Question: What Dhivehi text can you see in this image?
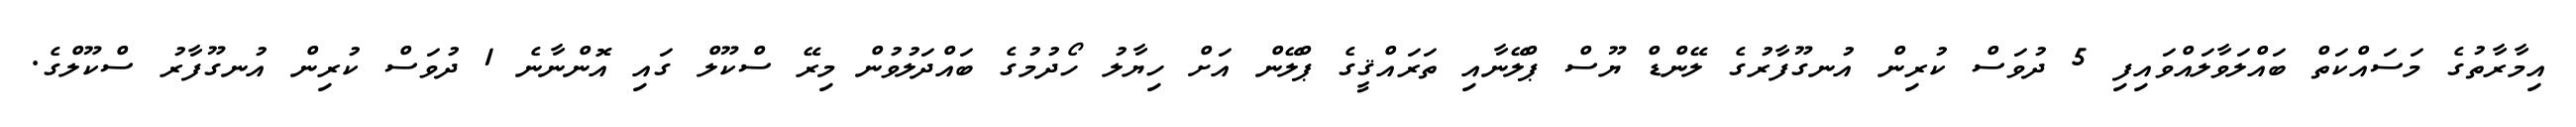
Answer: އިމާރާތުގެ މަސައްކަތް ބައްލަވާލައްވައިފި 5 ދުވަސް ކުރިން އުނގޫފާރުގެ ލޭންޑް ޔޫސް ޕްލޭނާއި ތަރައްޤީގެ ޕްލޭން އަށް ހިޔާލު ހޯދުމުގެ ބައްދަލުވުން މިރޭ ސްކޫލް ގައި އޮންނާނެ 1 ދުވަސް ކުރިން އުނގޫފާރު ސްކޫލްގެ.